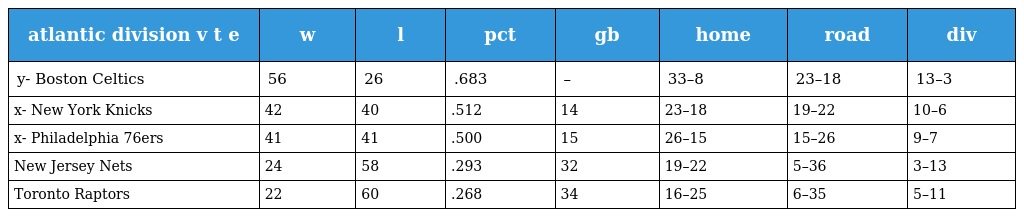
| atlantic division v t e | w | l | pct | gb | home | road | div |
 | --- | --- | --- | --- | --- | --- | --- | --- |
 | y- Boston Celtics | 56 | 26 | .683 | – | 33–8 | 23–18 | 13–3 |
 | x- New York Knicks | 42 | 40 | .512 | 14 | 23–18 | 19–22 | 10–6 |
 | x- Philadelphia 76ers | 41 | 41 | .500 | 15 | 26–15 | 15–26 | 9–7 |
 | New Jersey Nets | 24 | 58 | .293 | 32 | 19–22 | 5–36 | 3–13 |
 | Toronto Raptors | 22 | 60 | .268 | 34 | 16–25 | 6–35 | 5–11 |